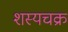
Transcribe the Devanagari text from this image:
शस्यचक्र